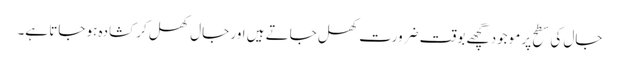
جال کی سطح پر موجود گچھے بوقت ضرورت کھل جاتے ہیں اور جال کھل کر کشادہ ہو جاتا ہے۔